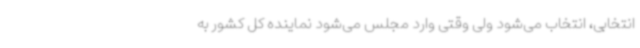
انتخابی، انتخاب می‌شود ولی وقتی وارد مجلس می‌شود نماینده کل کشور به